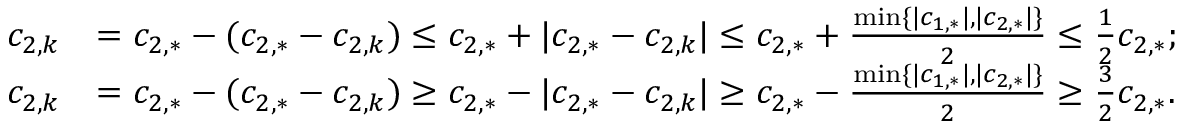
\begin{array} { r l } { c _ { 2 , k } } & { = c _ { 2 , * } - ( c _ { 2 , * } - c _ { 2 , k } ) \leq c _ { 2 , * } + | c _ { 2 , * } - c _ { 2 , k } | \leq c _ { 2 , * } + \frac { \operatorname* { m i n } \{ | c _ { 1 , * } | , | c _ { 2 , * } | \} } { 2 } \leq \frac { 1 } { 2 } c _ { 2 , * } ; } \\ { c _ { 2 , k } } & { = c _ { 2 , * } - ( c _ { 2 , * } - c _ { 2 , k } ) \geq c _ { 2 , * } - | c _ { 2 , * } - c _ { 2 , k } | \geq c _ { 2 , * } - \frac { \operatorname* { m i n } \{ | c _ { 1 , * } | , | c _ { 2 , * } | \} } { 2 } \geq \frac { 3 } { 2 } c _ { 2 , * } . } \end{array}